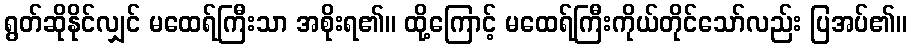
ရွတ်ဆိုနိုင်လျှင် မထေရ်ကြီးသာ အစိုးရ၏။ ထို့ကြောင့် မထေရ်ကြီးကိုယ်တိုင်သော်လည်း ပြအပ်၏။